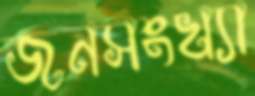
জনসংখ্যা